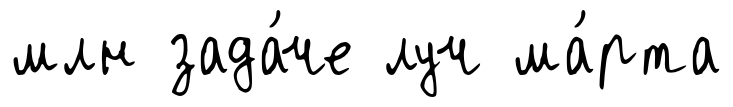
млн зада́че луч ма́рта